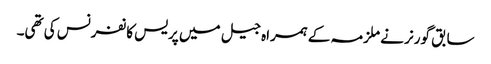
سابق گورنر نے ملزمہ کے ہمراہ جیل میں پریس کانفرنس کی تھی۔